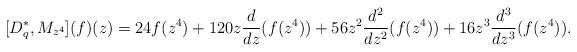
LaTeX: \begin{align*} [D^{*}_{q},M_{z^4}](f)(z)=24f(z^4)+120z\frac{d}{dz}(f(z^4))+56z^2\frac{d^2}{dz^2}(f(z^4))+16 z^3\frac{d^3}{dz^3}(f(z^4)).\\ \end{align*}